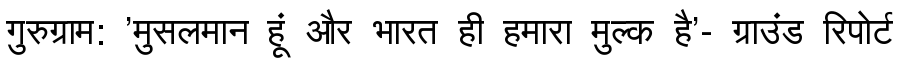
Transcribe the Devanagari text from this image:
गुरुग्राम: 'मुसलमान हूं और भारत ही हमारा मुल्क है'- ग्राउंड रिपोर्ट